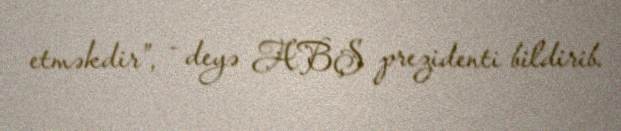
etməkdir”, - deyə ABŞ prezidenti bildirib.